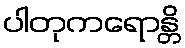
ပါတုကရောန္တိ